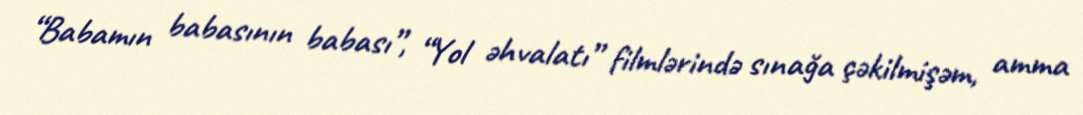
“Babamın babasının babası”, “Yol əhvalatı” filmlərində sınağa çəkilmişəm, amma